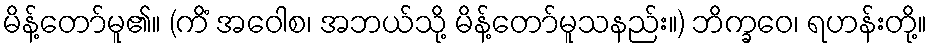
မိန့်တော်မူ၏။ (ကိံ အဝေါစ၊ အဘယ်သို့ မိန့်တော်မူသနည်း။) ဘိက္ခဝေ၊ ရဟန်းတို့။